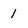
Character: 1